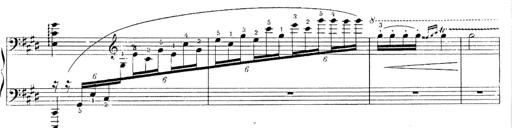
Title: Le rossignol
Composer: Franz Liszt